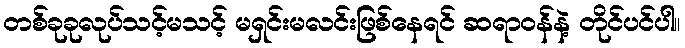
တစ်ခုခုလုပ်သင့်မသင့် မရှင်းမလင်းဖြစ်နေရင် ဆရာဝန်နဲ့ တိုင်ပင်ပါ။